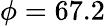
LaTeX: \phi=67.2